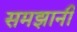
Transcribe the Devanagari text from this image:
समझानी